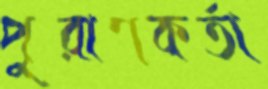
পুরাণকর্তা